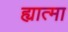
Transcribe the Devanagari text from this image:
ह्यात्मा